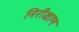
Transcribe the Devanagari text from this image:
निरीक्षाण